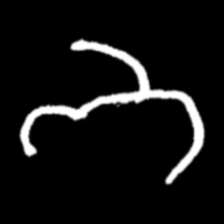
Pyu character \u2014 Myanmar letter: ဘ (romanized: bha)